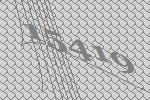
15419